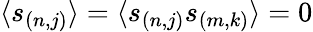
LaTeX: \langle s_{(n,j)}\rangle=\langle s_{(n,j)}s_{(m,k)}\rangle=0